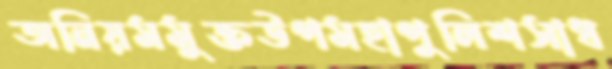
অনিয়মমুক্তউপমহাপুলিশসাধ